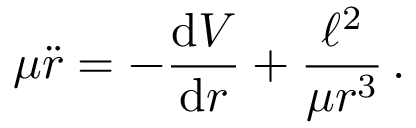
\mu { \ddot { r } } = - { \frac { \mathrm { d } V } { \mathrm { d } r } } + { \frac { \ell ^ { 2 } } { \mu r ^ { 3 } } } \, .